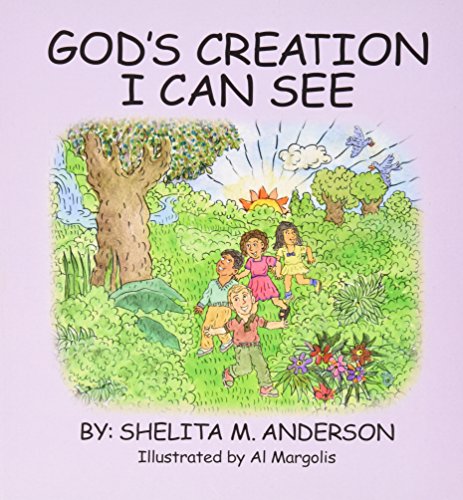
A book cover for God's Creation I Can See; Shelita M. Anderson; Children's Books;